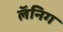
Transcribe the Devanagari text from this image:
लॅनिग